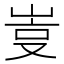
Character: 𡷮